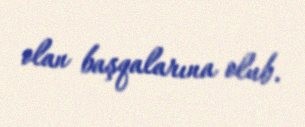
olan başqalarına olub.